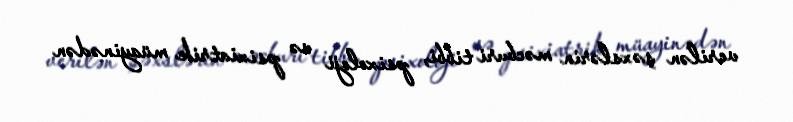
verilən şəxslərin məcburi tibbi, psixoloji və psixiatrik müayinədən